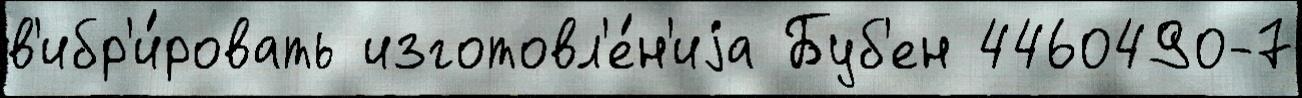
в'ибр'и́ровать изготовл'е́н'иjа Буб'ен 4460490-7